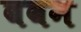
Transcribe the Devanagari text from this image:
बवन